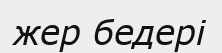
жер бедері